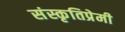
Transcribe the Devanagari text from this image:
संस्कृतिप्रेमी